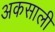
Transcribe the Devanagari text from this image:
अकसाली